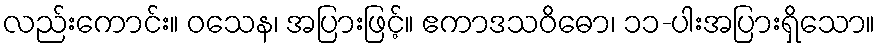
လည်းကောင်း။ ဝသေန၊ အပြားဖြင့်။ ဧကာဒသဝိဓော၊ ၁၁-ပါးအပြားရှိသော။